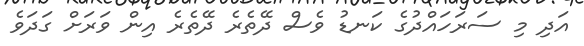
އަދި މި ސަރަހައްދުގެ ކަނޑު ވެސް ދޭތެރެ ދޭތެރެ އިން ވަރަށް ގަދަވެ